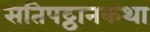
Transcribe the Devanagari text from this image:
सतिपट्ठानकथा